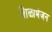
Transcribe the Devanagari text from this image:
शिळाभंजन